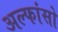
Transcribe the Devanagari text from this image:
अल्फांसो